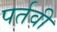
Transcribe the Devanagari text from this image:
पर्तवी